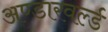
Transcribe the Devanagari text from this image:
अण्डारवर्ल्ड